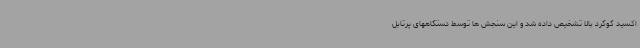
اکسید گوگرد بالا تشخیص داده شد و این سنجش ها توسط دستگاههای پرتابل